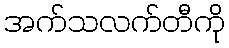
အက်သလက်တီကို